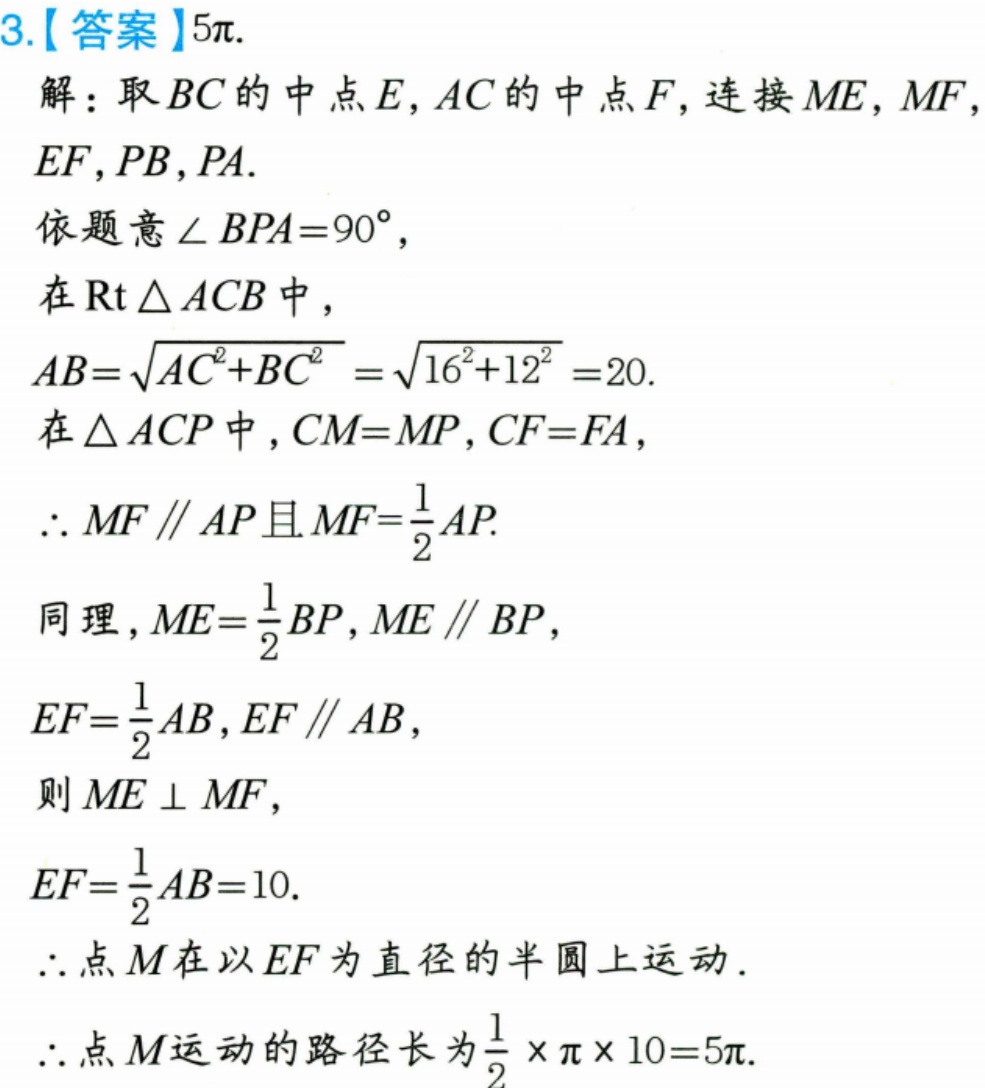
3.【答案】\(5\pi\).
解：取\(BC\)的中点\(E\)，\(AC\)的中点\(F\)，连接\(ME\)，\(MF\)，\(EF\)，\(PB\)，\(PA\).
依题意\(\angle BPA = 90^{\circ}\)，
在\(\text{Rt}\triangle ACB\)中，
\(AB = \sqrt{AC^{2}+BC^{2}}=\sqrt{16^{2}+12^{2}} = 20\).
在\(\triangle ACP\)中，\(CM = MP\)，\(CF = FA\)，
\(\therefore MF\parallel AP\)且\(MF=\frac{1}{2}AP\).
同理，\(ME=\frac{1}{2}BP\)，\(ME\parallel BP\)，
\(EF=\frac{1}{2}AB\)，\(EF\parallel AB\)，
则\(ME\perp MF\)，
\(EF=\frac{1}{2}AB = 10\).
\(\therefore\)点\(M\)在以\(EF\)为直径的半圆上运动.
\(\therefore\)点\(M\)运动的路径长为\(\frac{1}{2}\times\pi\times10 = 5\pi\).